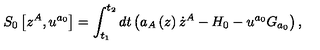
S _ { 0 } \left[ z ^ { A } , u ^ { a _ { 0 } } \right] = \int _ { t _ { 1 } } ^ { t _ { 2 } } d t \left( a _ { A } \left( z \right) \dot { z } ^ { A } - H _ { 0 } - u ^ { a _ { 0 } } G _ { a _ { 0 } } \right) ,